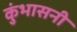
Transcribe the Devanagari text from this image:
कुंभासनी